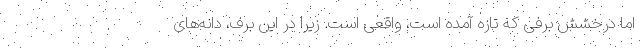
اما درخشش برفی که تازه آمده است، واقعی است. زیرا در این برف، دانه‌های